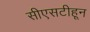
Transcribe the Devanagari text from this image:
सीएसटीहून